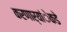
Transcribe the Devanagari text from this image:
करणार्यांेकडेे